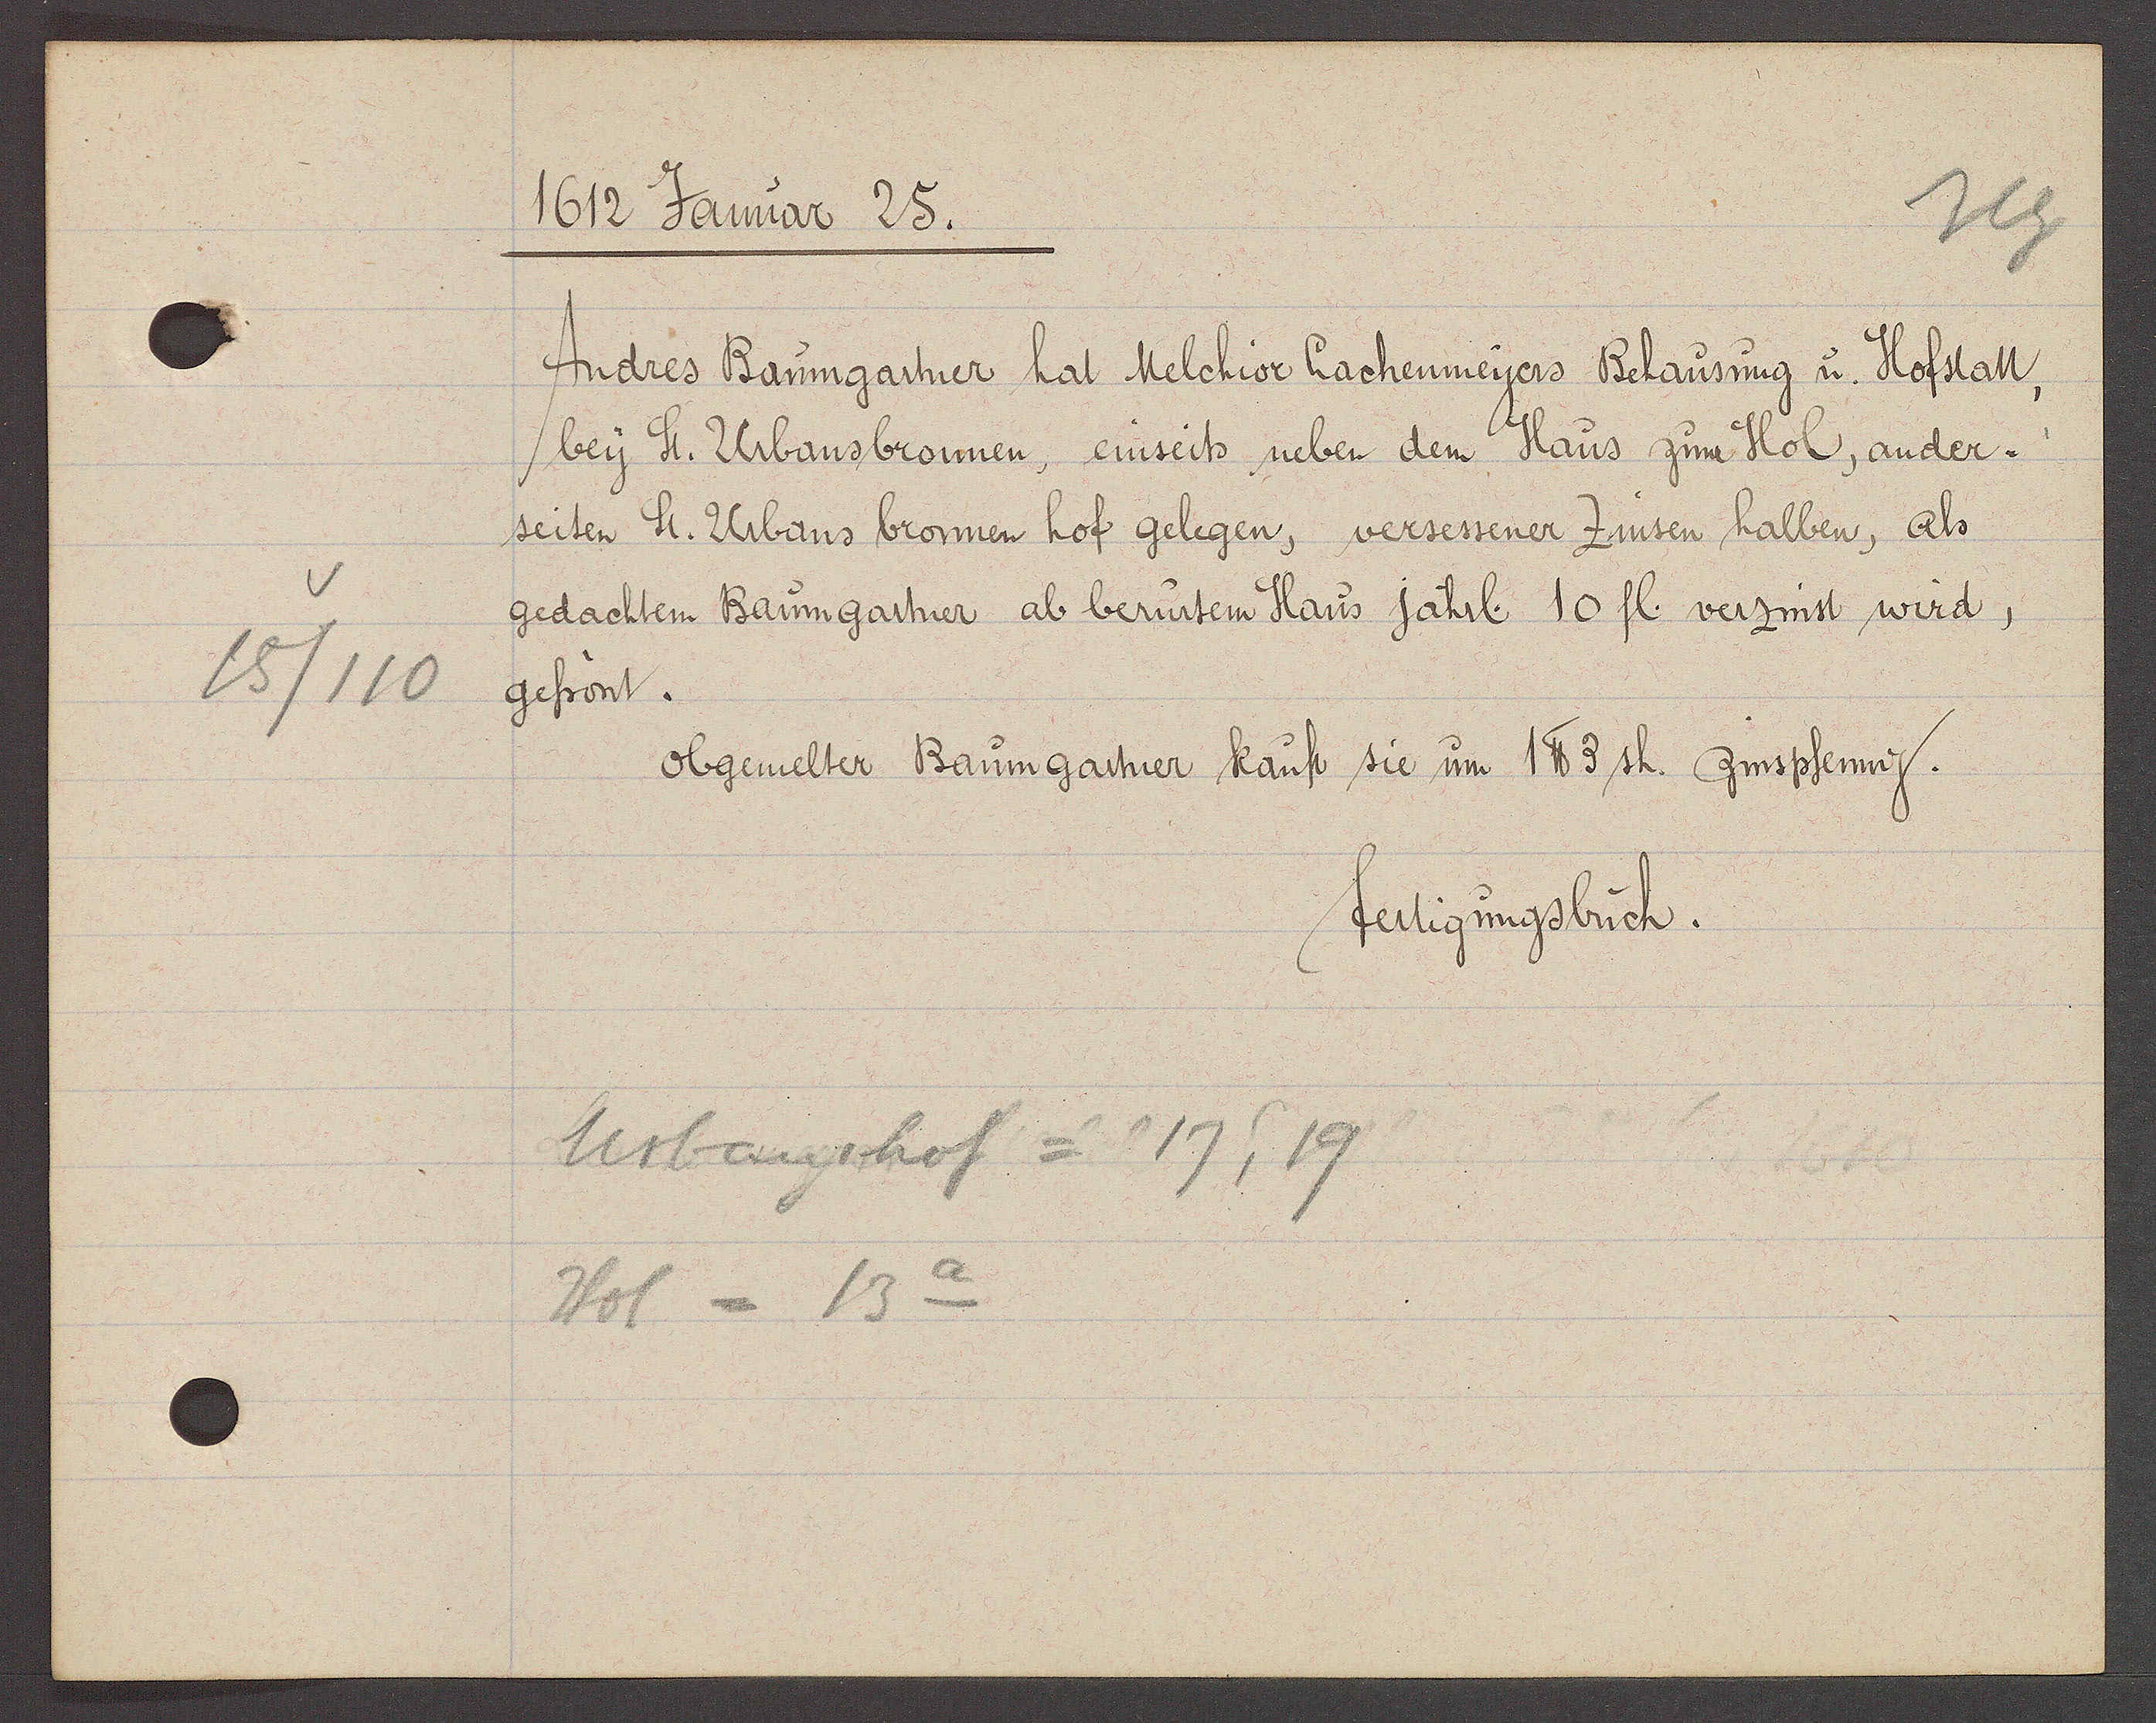
Transcript:
15/110

1612 Januar 25.

Andres Baumgartner hat Melchior Lachenmeyers Behausung u. Hofstatt,
bey St. Urbansbronnen, einseits neben dem Haus zum Hol, ander¬
seiten St. Urbans bronnen hof gelegen, versessener Zinsen halben, als
gedachten Baumgartner ab berutem Haus jährl. 10 fl. verzinst wird,
gefrönt.
obgemelter Baumgartner kauft sie um 1 ℔ 3 sh. zinspfennig.

Urbanshof = 17, 19
13a
Hof =

fertigungsbuch.